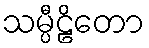
သမ္ပီဠိတော